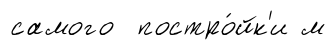
самого постро́йк'и м